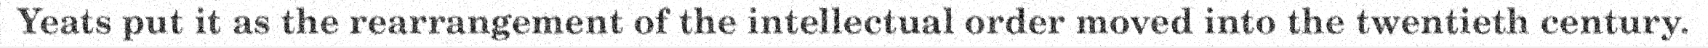
Yeats put it as the rearrangement of the intellectual order moved into the twentieth century.